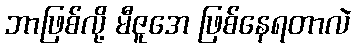
ဘာဖြစ်လို့ မီဇူအေ ဖြစ်နေရတာလဲ